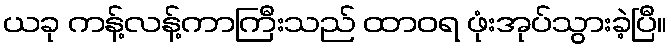
ယခု ကန့်လန့်ကာကြီးသည် ထာဝရ ဖုံးအုပ်သွားခဲ့ပြီ။